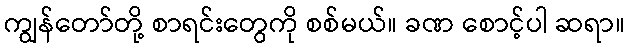
ကျွန်တော်တို့ စာရင်းတွေကို စစ်မယ်။ ခဏ စောင့်ပါ ဆရာ။